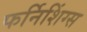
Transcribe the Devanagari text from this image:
फर्निशिंग्स